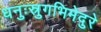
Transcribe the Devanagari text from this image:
धनुःस्रुगभिमेदुरे